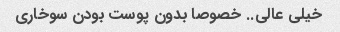
خیلی عالی.. خصوصا بدون پوست بودن سوخاری